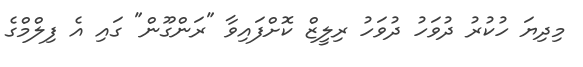
މިދިޔަ ހުކުރު ދުވަހު ދުވަހު ރިލީޒް ކޮށްފައިވާ "ރަންގޫން" ގައި އެ ފިލްމްގެ